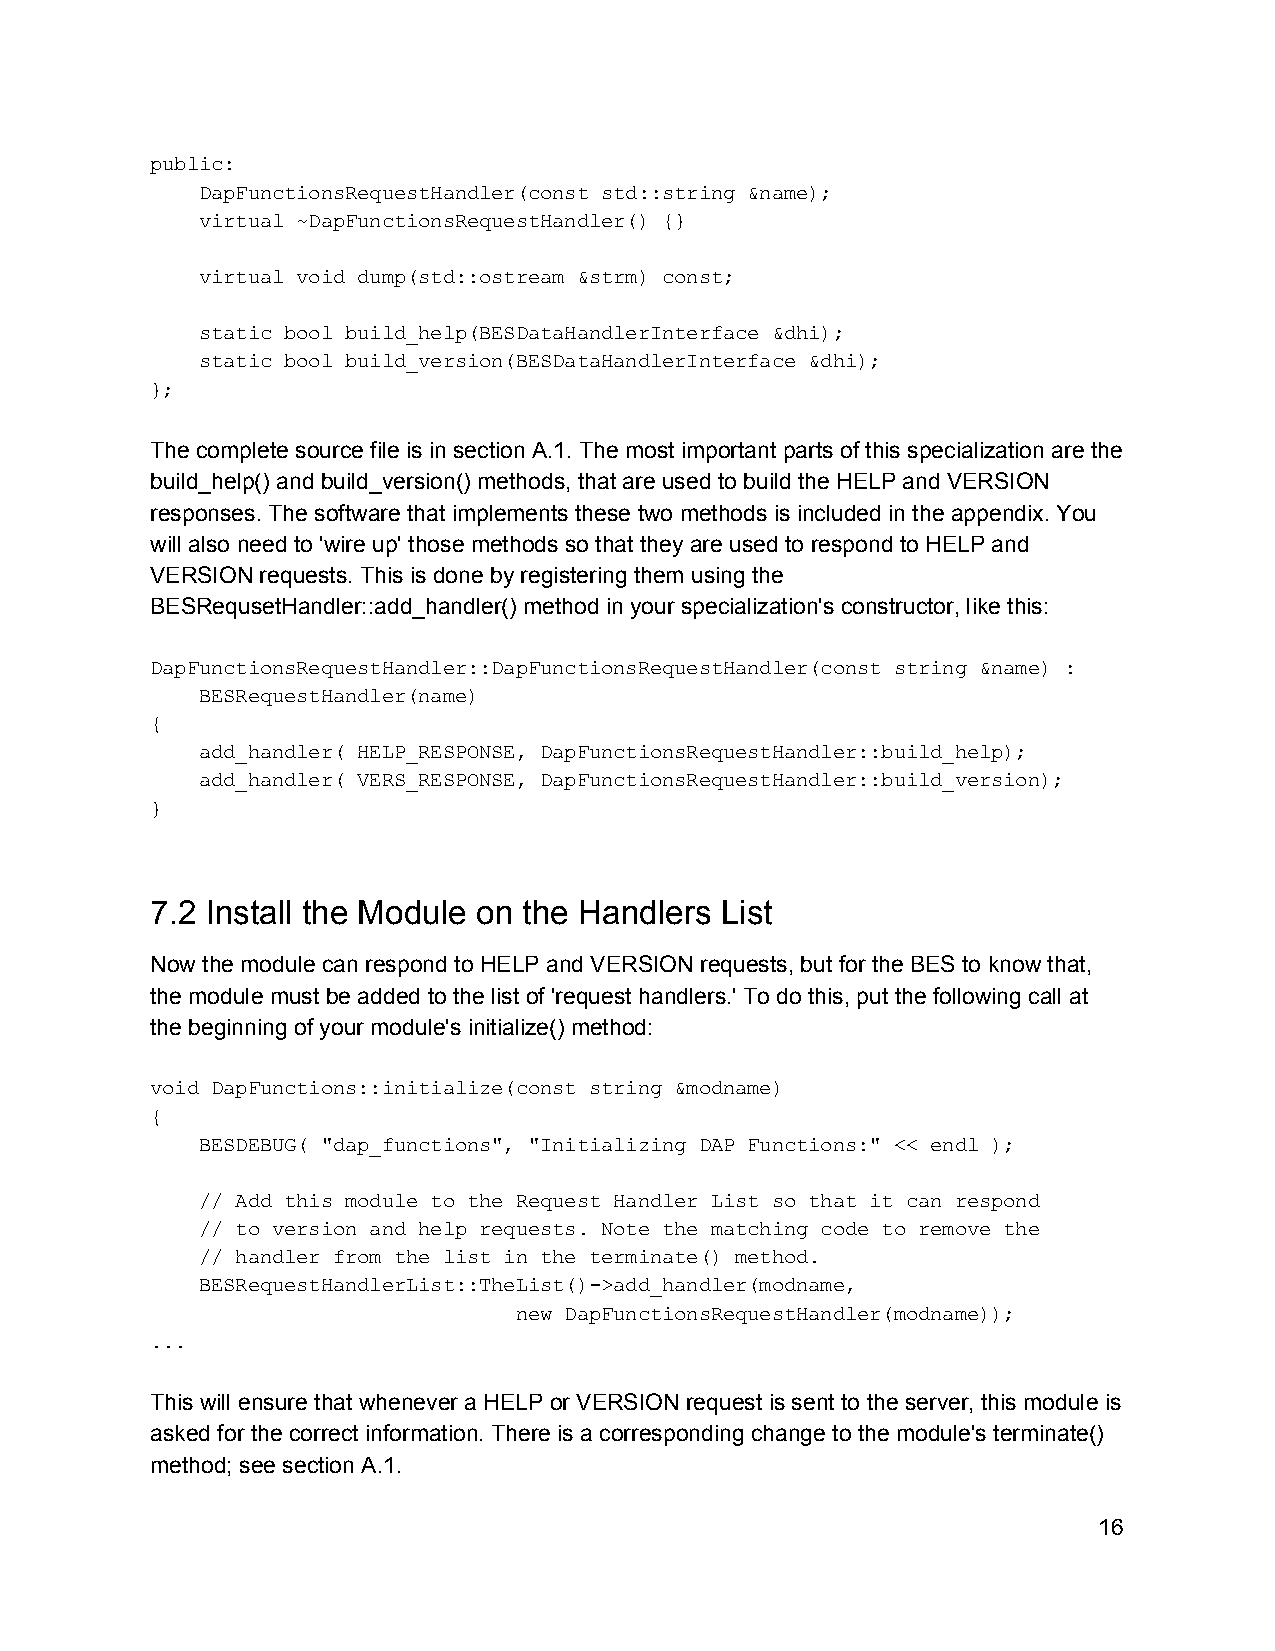
public:
 DapFunctionsRequestHandler(const std::string &name);
 virtual ~DapFunctionsRequestHandler() {}
 virtual void dump(std::ostream &strm) const;
 static bool build_help(BESDataHandlerInterface &dhi);
 static bool build_version(BESDataHandlerInterface &dhi);
 };
 The complete source file is in section A.1. The most important parts of this specialization are the
 build_help() and build_version() methods, that are used to build the HELP and VERSION
 responses. The software that implements these two methods is included in the appendix. You
 will also need to 'wire up' those methods so that they are used to respond to HELP and
 VERSION requests. This is done by registering them using the
 BESRequsetHandler::add_handler() method in your specialization's constructor, like this:
 DapFunctionsRequestHandler::DapFunctionsRequestHandler(const string &name) :
 BESRequestHandler(name)
 {
 add_handler( HELP_RESPONSE, DapFunctionsRequestHandler::build_help);
 add_handler( VERS_RESPONSE, DapFunctionsRequestHandler::build_version);
 }
 7.2 Install the Module on the Handlers List
 Now the module can respond to HELP and VERSION requests, but for the BES to know that,
 the module must be added to the list of 'request handlers.' To do this, put the following call at
 the beginning of your module's initialize() method:
 void DapFunctions::initialize(const string &modname)
 {
 BESDEBUG( "dap_functions", "Initializing DAP Functions:" << endl );
 // Add this module to the Request Handler List so that it can respond
 // to version and help requests. Note the matching code to remove the
 // handler from the list in the terminate() method.
 BESRequestHandlerList::TheList()­>add_handler(modname,
 new DapFunctionsRequestHandler(modname));
 ...
 This will ensure that whenever a HELP or VERSION request is sent to the server, this module is
 asked for the correct information. There is a corresponding change to the module's terminate()
 method; see section A.1.
 16